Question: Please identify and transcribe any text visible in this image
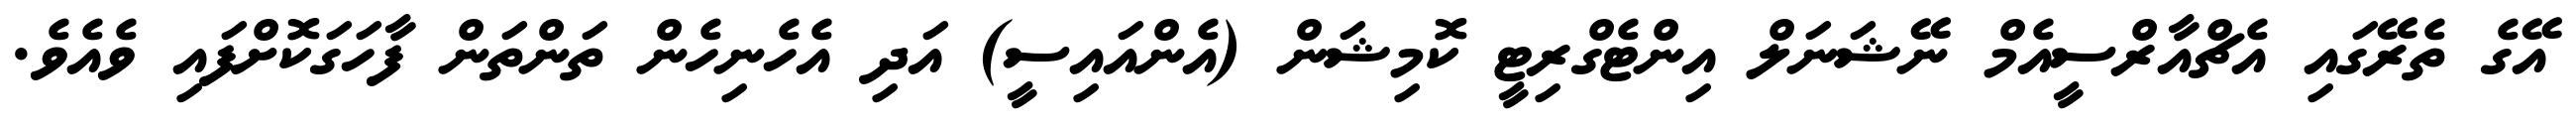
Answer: އޭގެ ތެރޭގައި އެޗްއާރްސީއެމް ނޭޝަނަލް އިންޓެގްރިޓީ ކޮމިޝަން (އެންއައިސީ) އަދި އެހެނިހެން ތަންތަން ފާހަގަކޮށްފައި ވެއެވެ.